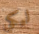
ليكي